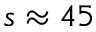
s \approx 4 5